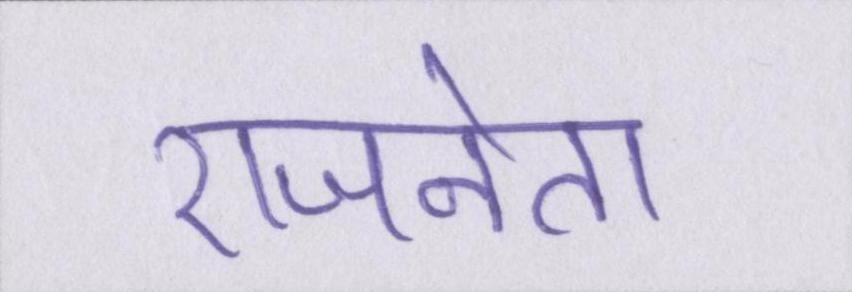
राजनेता